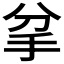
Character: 𢪘